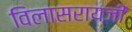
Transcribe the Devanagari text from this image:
विलासरायजी